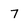
Character: 7